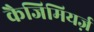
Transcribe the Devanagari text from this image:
कैजिमियर्ज़